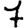
Digit: 7